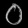
Digit: ၀